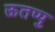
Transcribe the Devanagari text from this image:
ऊतप्पु